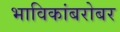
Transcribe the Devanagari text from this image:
भाविकांबरोबर